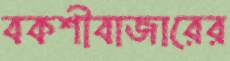
বকশীবাজারের